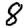
Digit: 8